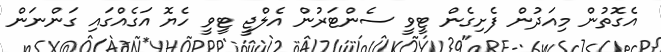
އެގޮތުން މިއަދުން ފެށިގެން ޓީވީ ސެންޓަރުން އެލްޖީ ޓީވީ ހެޔޮ އަގެއްގައި ގަންނަން